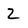
Character: 2